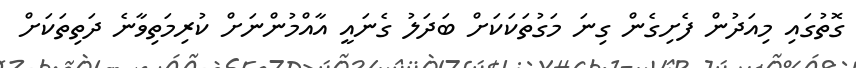
ގޮތުގައި މިއަދުން ފެށިގެން ގިނަ މަގުތަކަކަށް ބަދަލު ގެނައީ އާއްމުންނަށް ކުރިމަތިވާނެ ދަތިތަކަށް